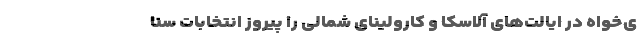
ی‌خواه در ایالت‌های آلاسکا و کارولینای شمالی را پیروز انتخابات سنا